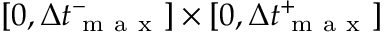
[ 0 , \Delta { t } _ { \mathrm { ~ m ~ a ~ x ~ } } ^ { - } ] \times [ 0 , \Delta { t } _ { \mathrm { ~ m ~ a ~ x ~ } } ^ { + } ]